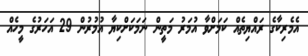
އެމެރިކާގެ ރައްޔިތެއް ކަމަށްވާ އުމަރު މަތީން ނަމަކަށްކިޔާ އުމުރުން 29 އަހަރުގެ މީހެއް